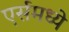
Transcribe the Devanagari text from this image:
एर्समध्ये